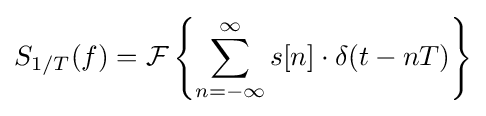
S_{1/T}(f)={\mathcal {F}}\left\{\sum _{n=-\infty }^{\infty }s[n]\cdot \delta (t-nT)\right\}